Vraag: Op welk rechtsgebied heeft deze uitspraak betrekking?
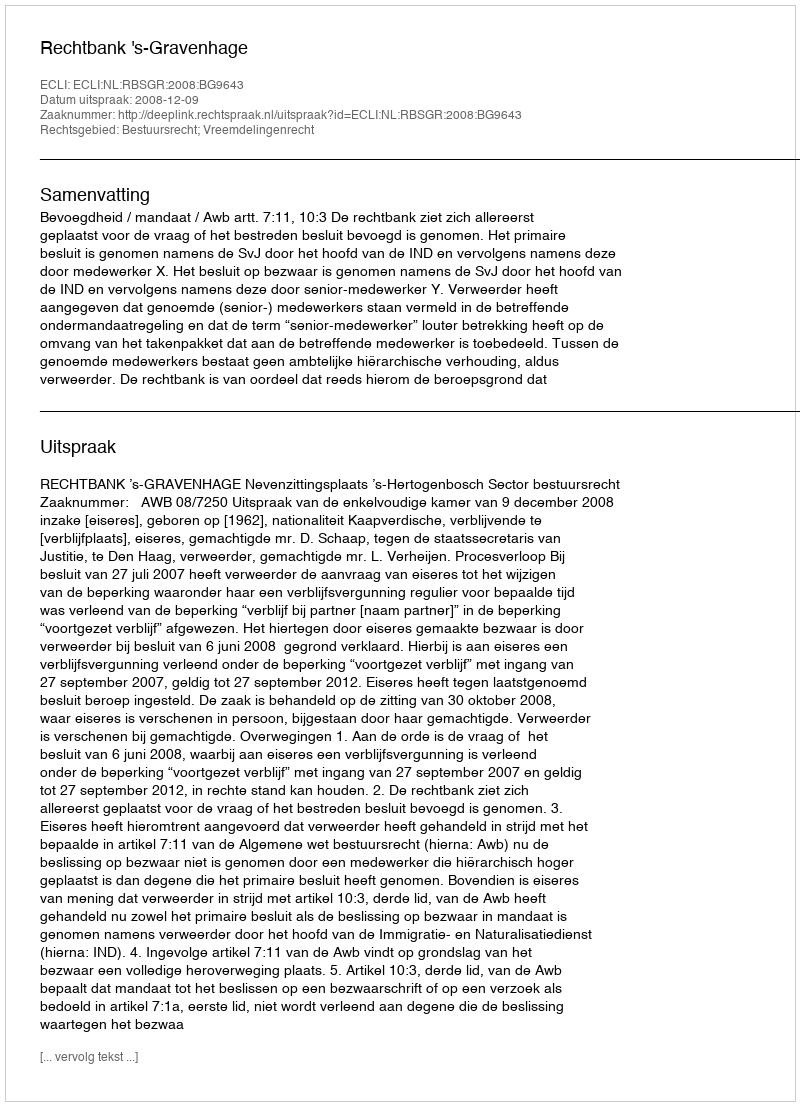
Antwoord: Bestuursrecht; Vreemdelingenrecht